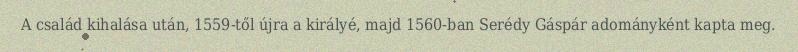
A család kihalása után, 1559-től újra a királyé, majd 1560-ban Serédy Gáspár adományként kapta meg.